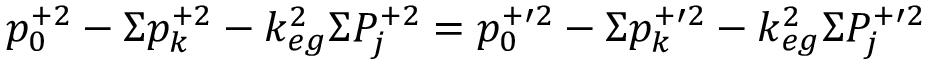
p _ { 0 } ^ { + 2 } - \Sigma p _ { k } ^ { + 2 } - k _ { e g } ^ { 2 } \Sigma P _ { j } ^ { + 2 } = p _ { 0 } ^ { + \prime 2 } - \Sigma p _ { k } ^ { + \prime 2 } - k _ { e g } ^ { 2 } \Sigma P _ { j } ^ { + \prime 2 }